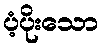
ပံ့ပိုးသော